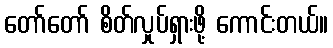
တော်တော် စိတ်လှုပ်ရှားဖို့ ကောင်းတယ်။